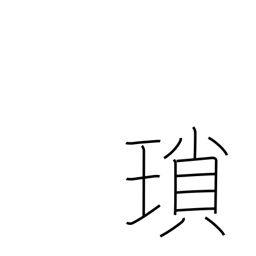
Meaning: chain